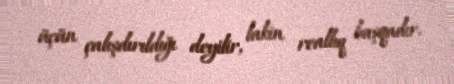
üçün çalışdırıldığı deyilir, lakin reallıq başqadır.